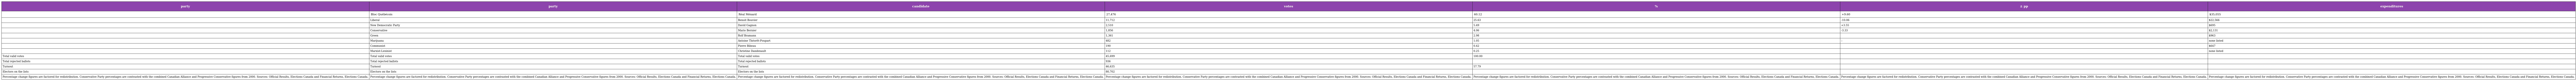
| party | party | candidate | votes | % | ± pp | expenditures |
 | --- | --- | --- | --- | --- | --- | --- |
 |  | Bloc Québécois | Réal Ménard | 27,476 | 60.12 | +9.60 | $35,055 |
 |  | Liberal | Benoit Bouvier | 11,712 | 25.63 | -10.06 | $22,566 |
 |  | New Democratic Party | David Gagnon | 2,510 | 5.49 | +3.55 | $695 |
 |  | Conservative | Mario Bernier | 1,856 | 4.06 | -3.33 | $2,131 |
 |  | Green | Rolf Bramann | 1,361 | 2.98 |  | $963 |
 |  | Marijuana | Antoine Théorêt-Poupart | 482 | 1.05 | – | none listed |
 |  | Communist | Pierre Bibeau | 190 | 0.42 |  | $647 |
 |  | Marxist-Leninist | Christine Dandenault | 112 | 0.25 |  | none listed |
 | Total valid votes | Total valid votes | Total valid votes | 45,699 | 100.00 |  |  |
 | Total rejected ballots | Total rejected ballots | Total rejected ballots | 936 |  |  |  |
 | Turnout | Turnout | Turnout | 46,635 | 57.79 |  |  |
 | Electors on the lists | Electors on the lists | Electors on the lists | 80,702 |  |  |  |
 | Percentage change figures are factored for redistribution. Conservative Party percentages are contrasted with the combined Canadian Alliance and Progressive Conservative figures from 2000. Sources: Official Results, Elections Canada and Financial Returns, Elections Canada. | Percentage change figures are factored for redistribution. Conservative Party percentages are contrasted with the combined Canadian Alliance and Progressive Conservative figures from 2000. Sources: Official Results, Elections Canada and Financial Returns, Elections Canada. | Percentage change figures are factored for redistribution. Conservative Party percentages are contrasted with the combined Canadian Alliance and Progressive Conservative figures from 2000. Sources: Official Results, Elections Canada and Financial Returns, Elections Canada. | Percentage change figures are factored for redistribution. Conservative Party percentages are contrasted with the combined Canadian Alliance and Progressive Conservative figures from 2000. Sources: Official Results, Elections Canada and Financial Returns, Elections Canada. | Percentage change figures are factored for redistribution. Conservative Party percentages are contrasted with the combined Canadian Alliance and Progressive Conservative figures from 2000. Sources: Official Results, Elections Canada and Financial Returns, Elections Canada. | Percentage change figures are factored for redistribution. Conservative Party percentages are contrasted with the combined Canadian Alliance and Progressive Conservative figures from 2000. Sources: Official Results, Elections Canada and Financial Returns, Elections Canada. | Percentage change figures are factored for redistribution. Conservative Party percentages are contrasted with the combined Canadian Alliance and Progressive Conservative figures from 2000. Sources: Official Results, Elections Canada and Financial Returns, Elections Canada. |